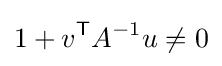
1+v^{\textsf {T}}A^{-1}u\neq 0